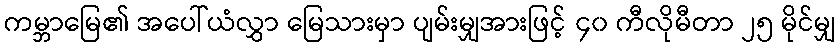
ကမ္ဘာမြေ၏ အပေါ်ယံလွှာ မြေသားမှာ ပျမ်းမျှအားဖြင့် ၄၀ ကီလိုမီတာ ၂၅ မိုင်မျှ